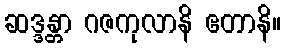
ဆဒ္ဒန္တာ ဂဇကုလာနိ ဧတာနိ။